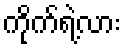
ကိုက်ရဲ့လား